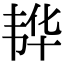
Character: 𮧵